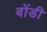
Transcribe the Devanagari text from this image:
बोंडी